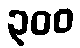
၃၀၀